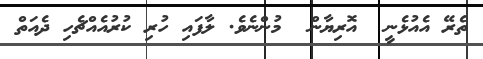
ތެރޭ އެއުޅެނީ  އޮރިޔާން  މުންނެވެ. ލާފައި ހުރި ކުރުއެއްޗެހި ދެއަތް